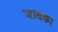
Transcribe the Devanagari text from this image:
जावका